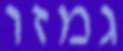
גמזו